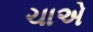
ચાએ